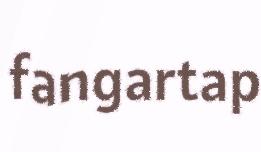
fangartap